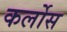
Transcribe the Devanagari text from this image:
कर्लोस